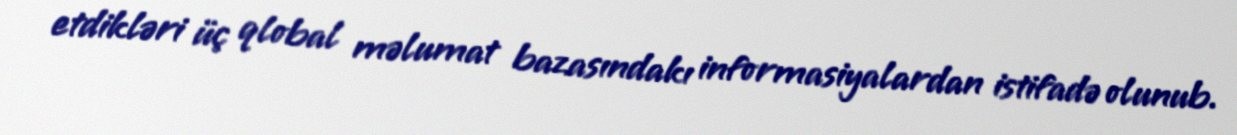
etdikləri üç qlobal məlumat bazasındakı informasiyalardan istifadə olunub.